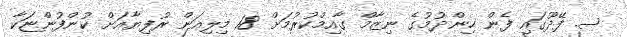
ސ. ފޭދޫގައި ފެން ހިންދުމުގެ ނިޒާމް ގާއިމްކުރުމަށް 18 މިލިއަން ރުފިޔާއަށް ކުންފުންޏަކާ